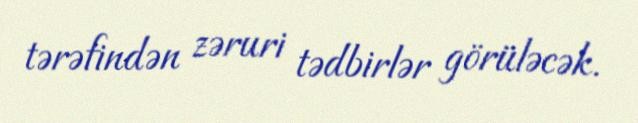
tərəfindən zəruri tədbirlər görüləcək.